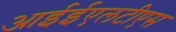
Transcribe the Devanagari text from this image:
आईईएलटीएस